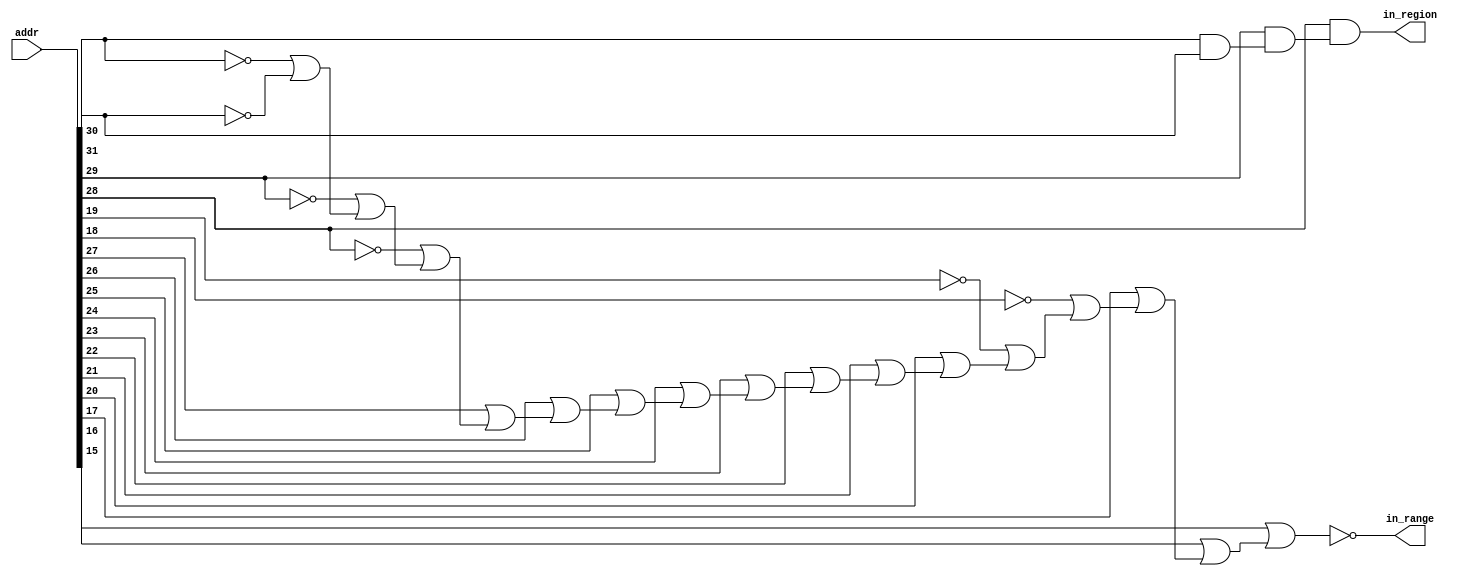
module rvrangecheck_f00c0000_32
(
  addr,
  in_range,
  in_region
);

  input [31:0] addr;
  output in_range;
  output in_region;
  wire in_range,in_region,N0,N1,N2,N3,N4,N5,N6,N7,N8,N9,N10,N11,N12,N13,N14,N15,N16,
  N17,N18,N19,N20,N21,N23,N24;
  assign N0 = ~addr[31];
  assign N1 = ~addr[30];
  assign N2 = ~addr[29];
  assign N3 = ~addr[28];
  assign N4 = ~addr[19];
  assign N5 = ~addr[18];
  assign N6 = N1 | N0;
  assign N7 = N2 | N6;
  assign N8 = N3 | N7;
  assign N9 = addr[27] | N8;
  assign N10 = addr[26] | N9;
  assign N11 = addr[25] | N10;
  assign N12 = addr[24] | N11;
  assign N13 = addr[23] | N12;
  assign N14 = addr[22] | N13;
  assign N15 = addr[21] | N14;
  assign N16 = addr[20] | N15;
  assign N17 = N4 | N16;
  assign N18 = N5 | N17;
  assign N19 = addr[17] | N18;
  assign N20 = addr[16] | N19;
  assign N21 = addr[15] | N20;
  assign in_range = ~N21;
  assign N23 = addr[30] & addr[31];
  assign N24 = addr[29] & N23;
  assign in_region = addr[28] & N24;

endmodule